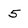
Character: 5